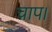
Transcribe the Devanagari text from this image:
चाप।